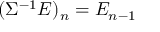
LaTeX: ( \Sigma ^ { - 1 } E ) _ { n } = E _ { n - 1 }